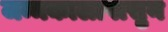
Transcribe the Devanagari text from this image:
जन्मकालापासुन